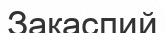
Закаспий